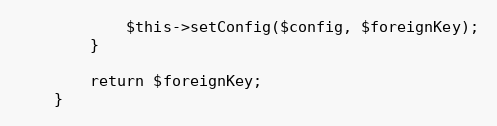
Language: PHP
            $this->setConfig($config, $foreignKey);
        }

        return $foreignKey;
    }